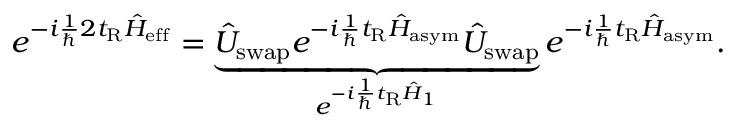
e ^ { - i \frac { 1 } { \hbar } 2 t _ { \mathrm { R } } \hat { H } _ { \mathrm { e f f } } } = \underbrace { \hat { U } _ { \mathrm { s w a p } } e ^ { - i \frac { 1 } { \hbar } t _ { \mathrm { R } } \hat { H } _ { \mathrm { a s y m } } } \hat { U } _ { \mathrm { s w a p } } } _ { e ^ { - i \frac { 1 } { \hbar } t _ { \mathrm { R } } \hat { H } _ { 1 } } } e ^ { - i \frac { 1 } { \hbar } t _ { \mathrm { R } } \hat { H } _ { \mathrm { a s y m } } } .